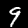
Digit: 9